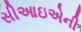
સીઆઇએની